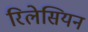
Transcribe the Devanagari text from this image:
रिलेसियन